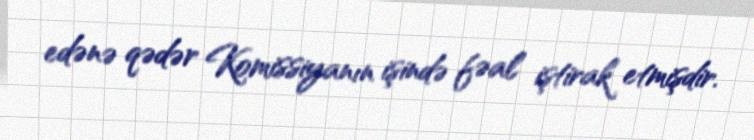
edənə qədər Komissiyanın işində fəal iştirak etmişdir.